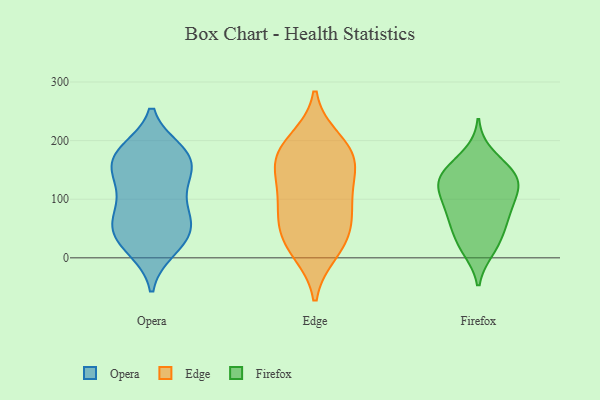
{"axis": {"x": "Temperature (°C)", "y": "Value"}, "legend": ["Edge", "Firefox", "Opera"], "data": [{"x": "", "y": 182, "type": "Opera"}, {"x": "", "y": 169, "type": "Opera"}, {"x": "", "y": 49, "type": "Opera"}, {"x": "", "y": 15, "type": "Opera"}, {"x": "", "y": 71, "type": "Opera"}, {"x": "", "y": 119, "type": "Opera"}, {"x": "", "y": 72, "type": "Opera"}, {"x": "", "y": 114, "type": "Opera"}, {"x": "", "y": 166, "type": "Opera"}, {"x": "", "y": 183, "type": "Opera"}, {"x": "", "y": 132, "type": "Opera"}, {"x": "", "y": 14, "type": "Opera"}, {"x": "", "y": 165, "type": "Opera"}, {"x": "", "y": 51, "type": "Opera"}, {"x": "", "y": 33, "type": "Opera"}, {"x": "", "y": 180, "type": "Opera"}, {"x": "", "y": 41, "type": "Opera"}, {"x": "", "y": 143, "type": "Opera"}, {"x": "", "y": 74, "type": "Opera"}, {"x": "", "y": 37, "type": "Edge"}, {"x": "", "y": 176, "type": "Edge"}, {"x": "", "y": 121, "type": "Edge"}, {"x": "", "y": 25, "type": "Edge"}, {"x": "", "y": 199, "type": "Edge"}, {"x": "", "y": 91, "type": "Edge"}, {"x": "", "y": 172, "type": "Edge"}, {"x": "", "y": 175, "type": "Edge"}, {"x": "", "y": 89, "type": "Edge"}, {"x": "", "y": 12, "type": "Edge"}, {"x": "", "y": 150, "type": "Edge"}, {"x": "", "y": 61, "type": "Edge"}, {"x": "", "y": 117, "type": "Firefox"}, {"x": "", "y": 83, "type": "Firefox"}, {"x": "", "y": 157, "type": "Firefox"}, {"x": "", "y": 144, "type": "Firefox"}, {"x": "", "y": 65, "type": "Firefox"}, {"x": "", "y": 177, "type": "Firefox"}, {"x": "", "y": 131, "type": "Firefox"}, {"x": "", "y": 101, "type": "Firefox"}, {"x": "", "y": 73, "type": "Firefox"}, {"x": "", "y": 97, "type": "Firefox"}, {"x": "", "y": 133, "type": "Firefox"}, {"x": "", "y": 14, "type": "Firefox"}, {"x": "", "y": 40, "type": "Firefox"}, {"x": "", "y": 130, "type": "Firefox"}, {"x": "", "y": 45, "type": "Firefox"}, {"x": "", "y": 13, "type": "Firefox"}, {"x": "", "y": 140, "type": "Firefox"}]}